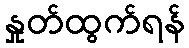
နှုတ်ထွက်ရန်